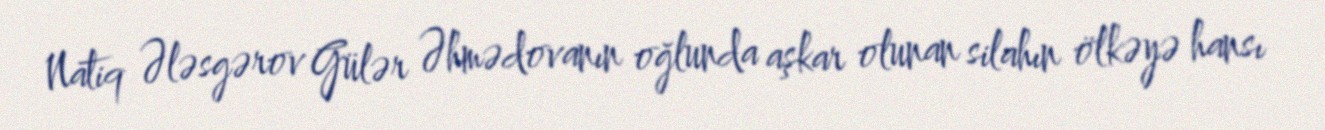
Natiq Ələsgərov Gülər Əhmədovanın oğlunda aşkar olunan silahın ölkəyə hansı